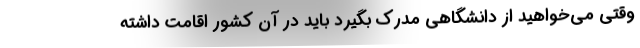
وقتی می‌خواهید از دانشگاهی مدرک بگیرد باید در آن کشور اقامت داشته